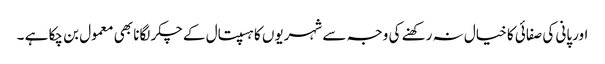
اورپانی کی صفائی کا خیال نہ رکھنے کی وجہ سے شہریوں کا ہسپتال کے چکر لگانا بھی معمول بن چکا ہے ۔